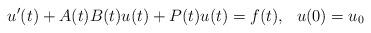
LaTeX: \begin{align*}u'(t) + A(t)B(t)u(t) + P(t)u(t) = f(t), \ \ u(0) = u_0\end{align*}